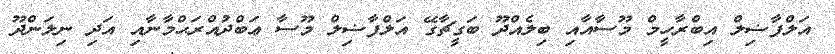
އަލްފާޟިލް އިބްރާހީމް މޫސާއާއި ބިލެއްދޫ ބަގީޗާގޭ އަލްފާޟިލް މޫސާ ޢަބްދުއްރަޙްމާނާއި އަދި ނިލަންދޫ